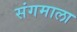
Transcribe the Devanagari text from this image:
संगमाला